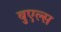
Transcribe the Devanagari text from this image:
बुएल्स